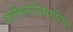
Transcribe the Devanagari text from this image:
आभिनेत्रीसाठीचा